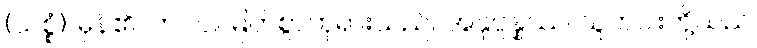
(သစ္စံ)၊ မှန်၏။ ဘဂဝါ၊ မြတ်စွာဘုရားသည်။ အနုပ္ပန္နဿ၊ သူတပါးတို့သည်